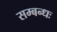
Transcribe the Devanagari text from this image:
सम्बन्धः